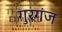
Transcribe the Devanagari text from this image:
गुरगंज